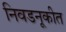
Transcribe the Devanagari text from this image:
निवडनूकीत